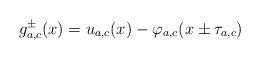
LaTeX: \begin{align*}g_{a,c}^\pm(x) =u_{a,c}(x)-\varphi_{a,c}(x\pm \tau_{a,c})\end{align*}